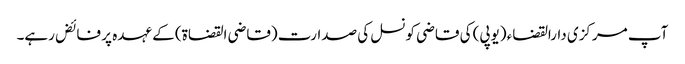
آپ مرکزی دارالقضاء (یوپی) کی قاضی کونسل کی صدارت (قاضی القضاۃ) کے عہدہ پر فائض رہے۔